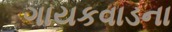
ગાયકવાડના